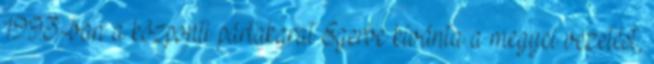
1993-ban a központi pártakarat Egerbe kívánta a megyei vezetést,